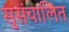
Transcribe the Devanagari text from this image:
सुसंचालित